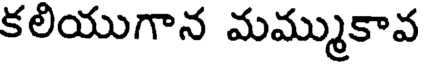
కలియుగాన మమ్ముకావ